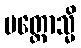
ပတ္တောသ္မိ